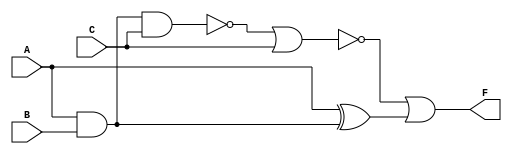
`timescale 1ns / 1ps
//////////////////////////////////////////////////////////////////////////////////
// Company: 
// Engineer: 
// 
// Design Name: 
// Module Name: devre
// Project Name: 
// Target Devices: 
// Tool Versions: 
// Description: 
// 
// Dependencies: 
// 
// Revision:
// Revision 0.01 - File Created
// Additional Comments:
// 
//////////////////////////////////////////////////////////////////////////////////


module devre(
    input A,B,C,
    output F
    );
    wire k1,k2,k3,k4,k5;
    and(k1,A,B);
    and(k2,C,1);
    nand(k3,k1,k2);
    nor(k4,k3,k2);
    xor(k5,A,k1);
    or(F,k4,k5);    
endmodule